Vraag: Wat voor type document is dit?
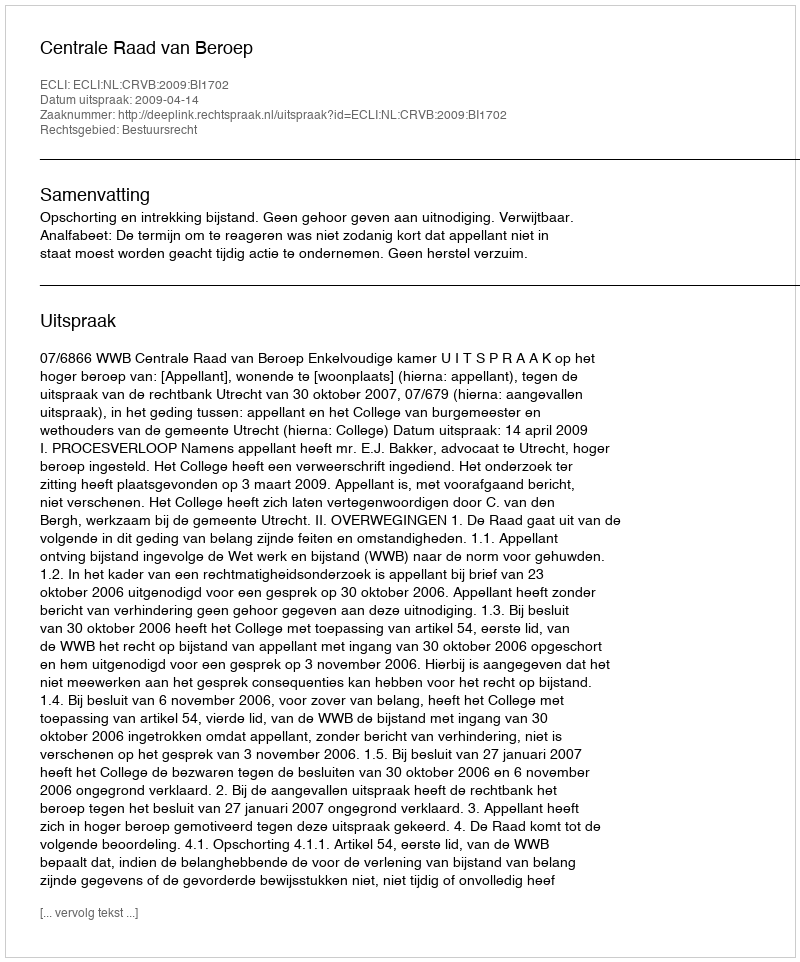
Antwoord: Uitspraak